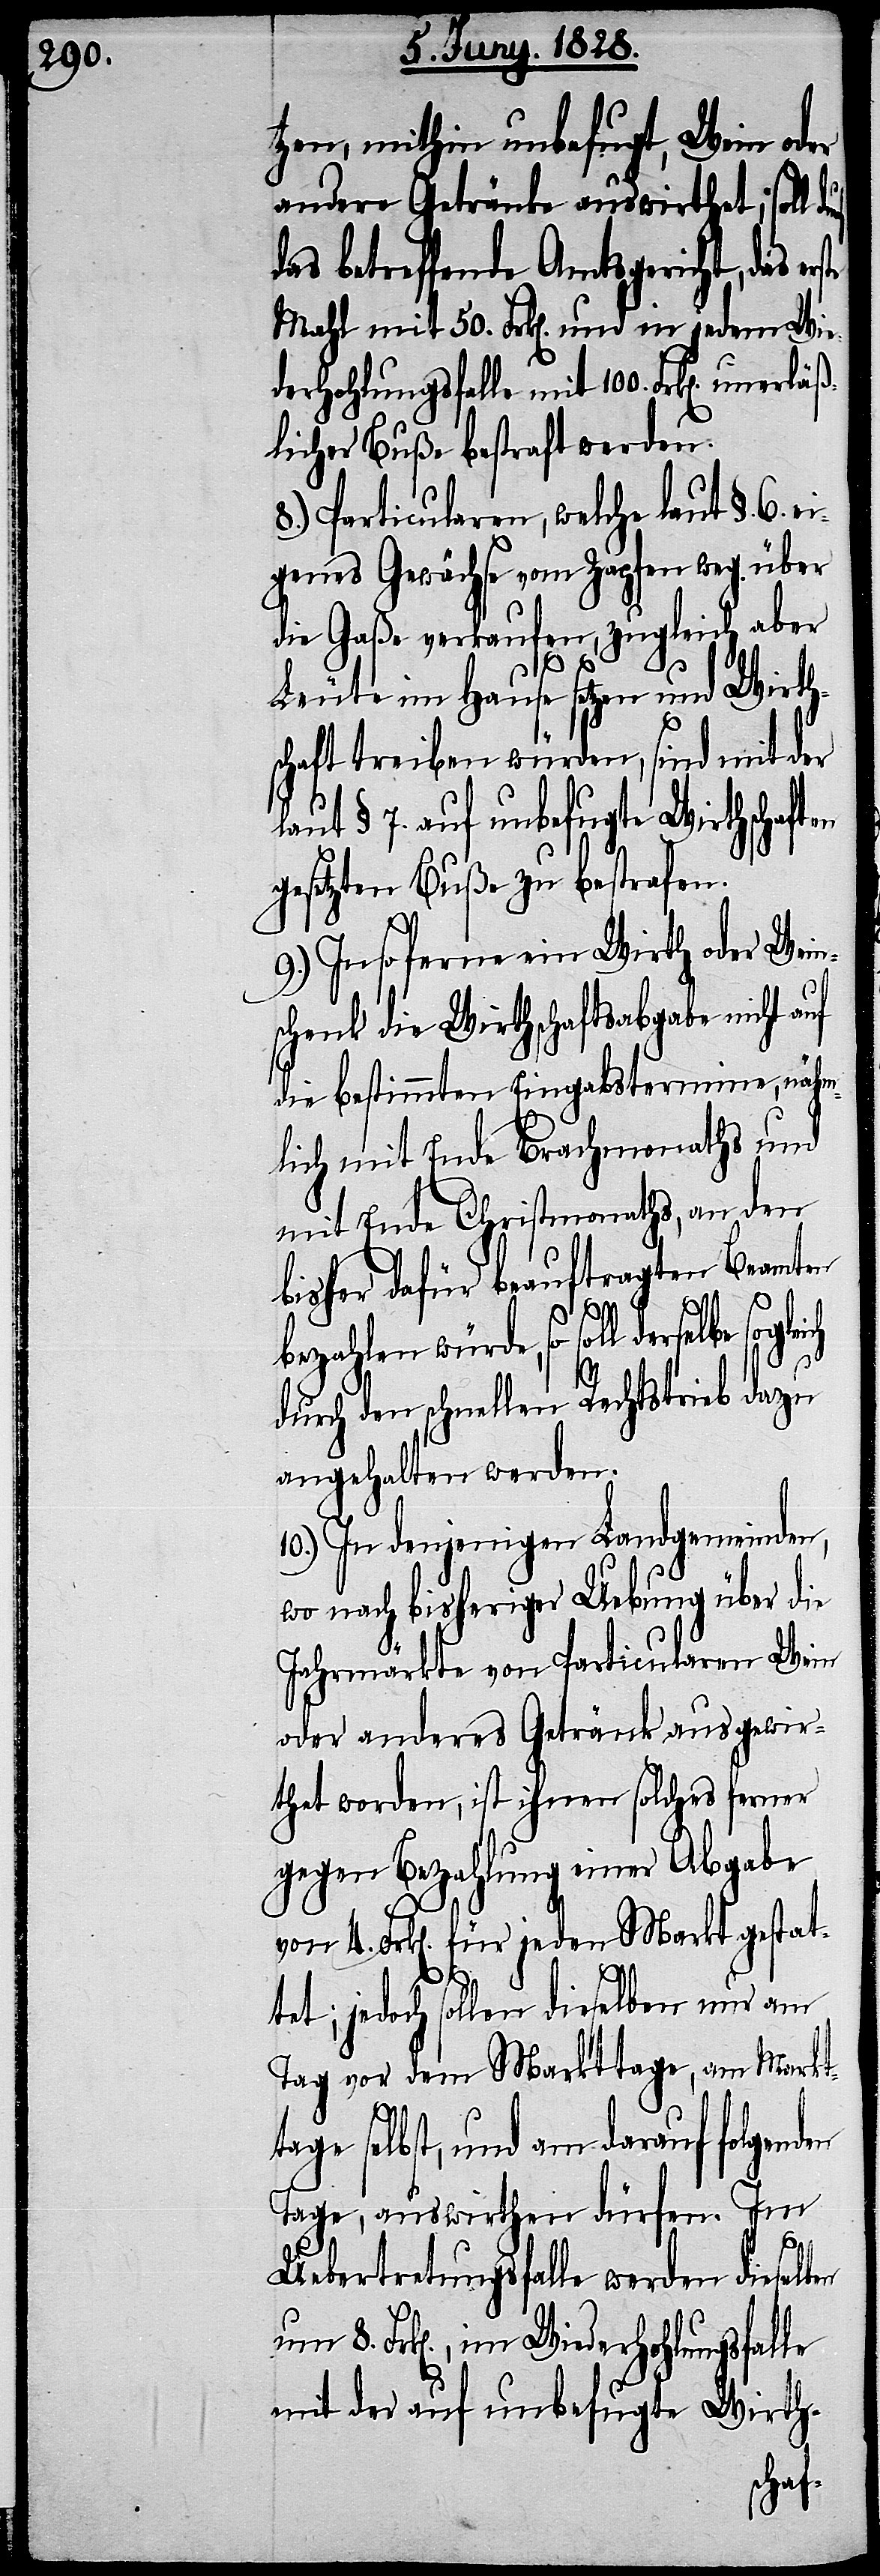
tzen mithin unbefugt, Wein oder
andere Getränke auswirthet; soll
das betreffende Amtsgericht, das er¬
Mahl mit 50. Frk[en]. und in jedem Wie¬
derholungsfalle mit 100. Frk[en]. uner¬
licher Buße bestraft werden.
8.) Particularen, welche laut §. 6. e¬
igenes Gewächse vom Zapfen weg über
die Gaße verkaufen, zugleich aber
en
Leute im Hause setzen und Wirth¬
schaft treiben würden, sind mit der
laut § 7. auf unbefugte Wirtschaften
gesetzten Buße zu bestrafen.
9.) In so ferne ein Wirth oder Wein¬
schenk die Wirthschaftsabgabe nicht auf
die bestimmten Eingangstermine, nähm¬
lich mit Ende Brachmonaths und
mit Ende Christmonaths, an den
bisher dafür beauftragten Beamten
tage
bezahlen würde, so soll derselbe
durch den schnellen Rechtstrieb dazu
angehalten werden.
10.) In denjenigen Landgemeinde,
wo nach bisheriger Uebung über die
Jahrmärkte von Particularen Wein
oder anderes Getränk ausgewir¬
thet worden, ist ihnen solches ferner
gegen Bezahlung einer Abgabe
von 4. Frk[en]. für jeden Markt gestat¬
tet; jedoch sollen dieselben nur am
Tag vor dem Markttage, am Markt¬
selbst, und am darauf folgend¬
Tage, auswirthen dürfen. Im
Uebertretungsfalle werden dieselben
8. Frk[en]., im Wiederhohlungsfalle
mit der auf unbefugte Wirth-